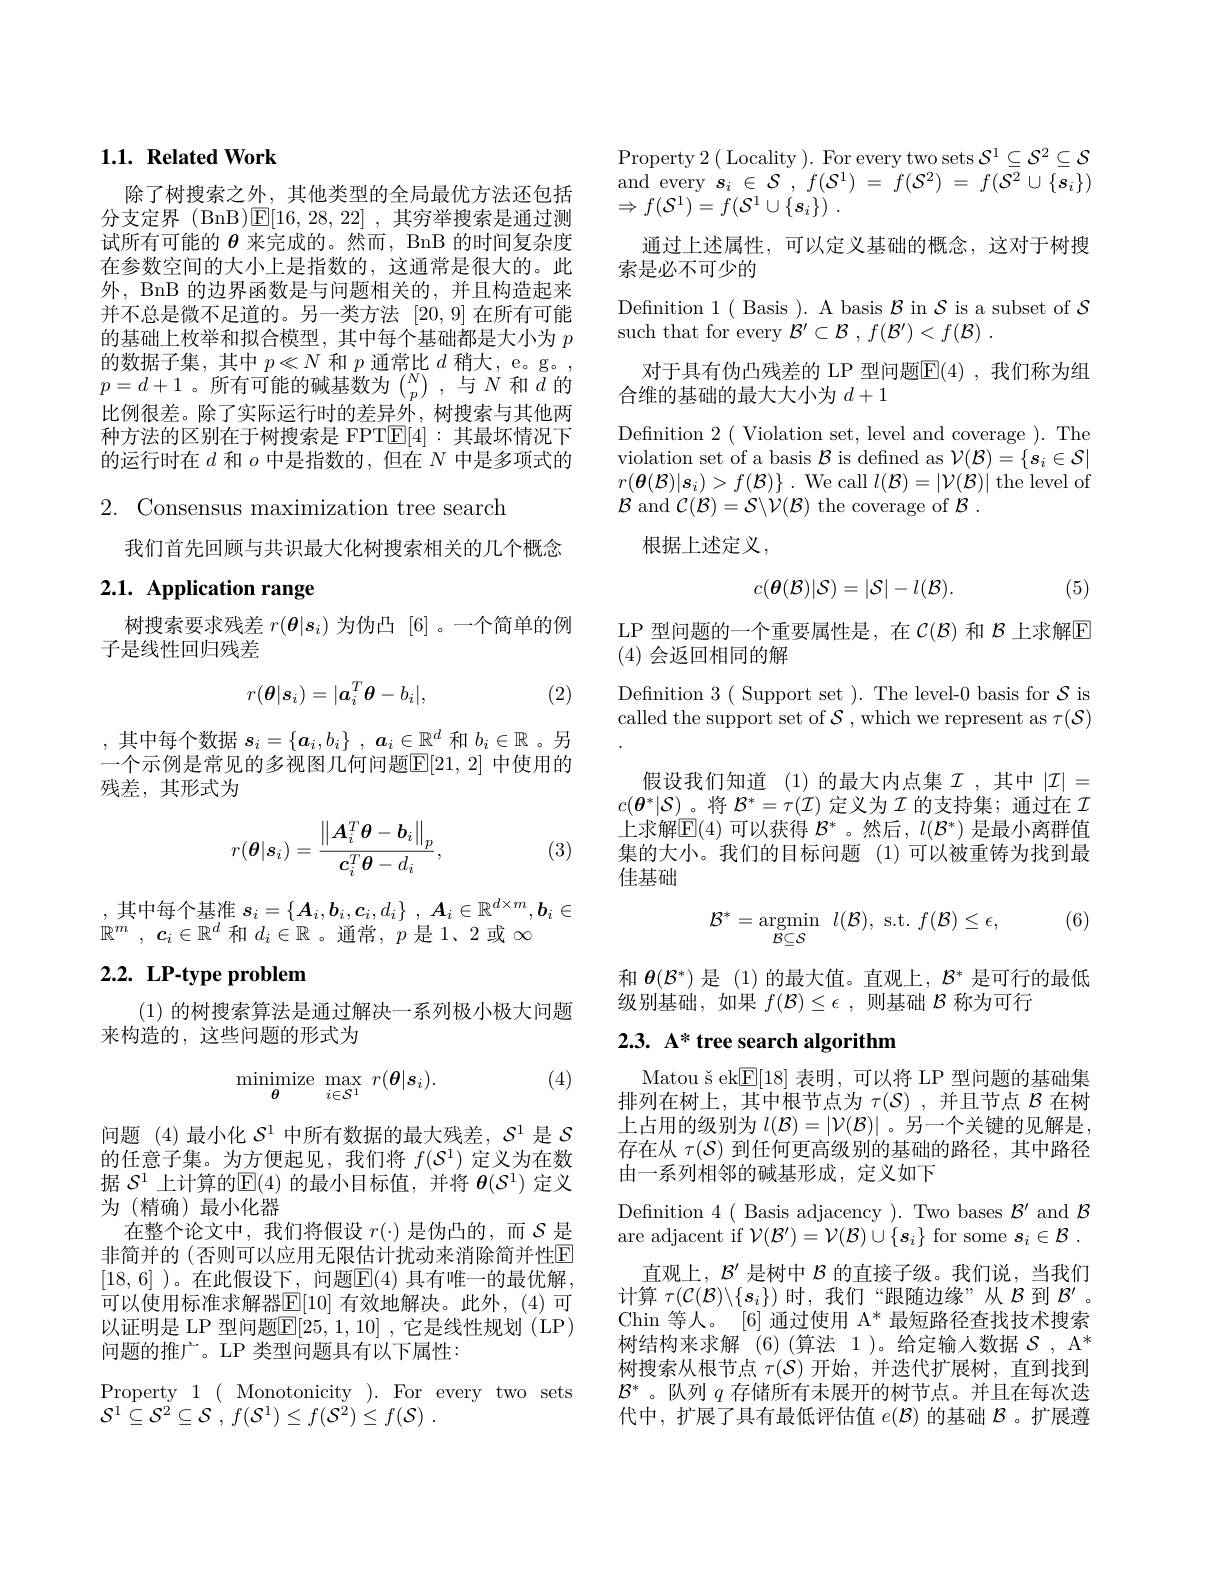
### $1. 1. \textbf{RelatedWork}$

除了树搜索之外，其他类型的全局最优方法还包括分支定界 (BnB)$\mathbb{E}[16,28,22]$ ,其穷举搜索是通过测试所有可能的$\theta$来完成的。然而，BnB 的时间复杂度在参数空间的大小上是指数的，这通常是很大的。此外，BnB 的边界函数是与问题相关的，并且构造起来并不总是微不足道的。另一类方法[20,9]在所有可能的基础上枚举和拟合模型，其中每个基础都是大小为$p$ 的数据子集，其中$p\ll N$和$p$通常比$d$稍大，e。g。, $p=d+1$。所有可能的碱基数为 $\binom Np$, 与$N$ 和$d$ 的比例很差。除了实际运行时的差异外，树搜索与其他两种方法的区别在于树搜索是 FPT$\mathbb{E}[4]:$其最坏情况下的运行时在$d$和$o$中是指数的，但在$N$中是多项式的

2. Consensus maximization tree search

我们首先回顾与共识最大化树搜索相关的几个概念

# 2.1. Application range

树搜索要求残差$r(\boldsymbol{\theta}|\boldsymbol{s}_i)$为伪凸 [6]。一个简单的例
子是线性回归残差
$$r(\boldsymbol{\theta}|\boldsymbol{s}_i)=|\boldsymbol{a}_i^T\boldsymbol{\theta}-b_i|,$$
$$$$
(2)

$b_i\in\mathbb{R}$
一个示例是常见的多视图几何问题$\overline{\mathbb{E}}[21,2]$ 中使用的
残差，其形式为
$$r(\boldsymbol{\theta}|\boldsymbol{s}_i)=\frac{\left\|\boldsymbol{A}_i^T\boldsymbol{\theta}-\boldsymbol{b}_i\right\|_p}{\boldsymbol{c}_i^T\boldsymbol{\theta}-d_i},$$
(3)

,其中每个基准$\left.s_i=\{\boldsymbol{A}_i,\boldsymbol{b}_i,\boldsymbol{c}_i,d_i\right\},\boldsymbol{A}_i\in\mathbb{R}^{d\times m},\boldsymbol{b}_i\in$
$\mathbb{R} ^m$ , $\boldsymbol{c}_i\in \mathbb{R} ^d$和$d_i\in\mathbb{R}$ 。通常，$p$是 1、2 或$\infty$

# 2.2. LP-type problem

(1)的树搜索算法是通过解决一系列极小极大问题
来构造的，这些问题的形式为

(4)
$$\operatorname*{minimize}_{\boldsymbol{\theta}}\:\operatorname*{max}_{i\in\mathcal{S}^{1}}\:r(\boldsymbol{\theta}|\boldsymbol{s}_{i}).$$
问题 (4)最小化$\mathcal{S}^1$中所有数据的最大残差，$\mathcal{S}^1$是$\mathcal{S}$ 的任意子集。为方便起见，我们将$f(\mathcal{S}^1)$定义为在数据$\mathcal{S}^1$上计算的$\mathbb{E}(4)$的最小目标值，并将$\boldsymbol\theta(\mathcal{S}^1)$定义为(精确)最小化器
在整个论文中，我们将假设$r(\cdot)$是伪凸的，而$\mathcal{S}$是非简并的 (否则可以应用无限估计扰动来消除简并性$\overline{\mathrm{E}}$ [18,6] )。在此假设下，问题$\boxed{\mathrm{F}}(4)$ 具有唯一的最优解， 可以使用标准求解器$\mathbb{E}[10]$ 有效地解决。此外，(4)可以证明是 LP 型问题E[25,1,10] ,它是线性规划 (LP) 问题的推广。LP 类型问题具有以下属性：
Property 1( Monotonicity ). For every two sets
$\mathcal{S} ^1\subseteq \mathcal{S} ^2\subseteq \mathcal{S}$ , $f( \mathcal{S} ^1) \leq f( \mathcal{S} ^2) \leq f( \mathcal{S} )$

Property 2 ( Locality ). For every two sets $\mathcal{S}^1\subseteq\mathcal{S}^2\subseteq\mathcal{S}$ and every $s_i\in \mathcal{S}$ , $f( \mathcal{S} ^1)$ = $f( \mathcal{S} ^2)$ = $f( \mathcal{S} ^2\cup \{ \boldsymbol{s}_i\} )$ $\Rightarrow f( \mathcal{S} ^1) = f( \mathcal{S} ^1\cup \{ \boldsymbol{s}_i\} )$ .
通过上述属性，可以定义基础的概念，这对于树搜
索是必不可少的
Definition 1( Basis ). A basis $\mathcal{B}$ in $\mathcal{S}$ is a subset of $\mathcal{S}$
such that for every $\mathcal{B} ^\prime \subset \mathcal{B}$ , $f( \mathcal{B} ^{\prime }) < f( \mathcal{B} )$ .
对于具有伪凸残差的 LP 型问题$\mathbb{E}(4)$,我们称为组
合维的基础的最大大小为$d+1$
Defnition 2( Violation set, level and coverage ). The violation set of a basis $\mathcal{B}$ is defined as $\mathcal{V}(\mathcal{B})=\{\boldsymbol{s}_i\in\mathcal{S}|$ $r( \boldsymbol{\theta }( \mathcal{B} ) | \boldsymbol{s}_{i}) > f( \mathcal{B} ) \}$ .We call $l(\mathcal{B})=|\mathcal{V}(\mathcal{B})|$ the level of $\mathcal{B}$ and $\mathcal{C}(\mathcal{B})=\mathcal{S}\backslash\mathcal{V}(\mathcal{B})$ the coverage of $\mathcal{B}.$
根据上述定义，

(5)
$$c(\boldsymbol{\theta}(\mathcal{B})|\mathcal{S})=|\mathcal{S}|-l(\mathcal{B}).$$
LP 型问题的一个重要属性是，在$\mathcal{C}(\mathcal{B})$和$\mathcal{B}$上求解$\mathbb{E}$
(4)会返回相同的解

Definition 3( Support set ). The level-0 basis for $\mathcal{S}$ is called the support set of $\mathcal{S}$, which we represent as $\tau(\mathcal{S})$

假设我们知道(1)的最大内点集$\mathcal{I}$,其中$|\mathcal{I}|=$ $c(\boldsymbol{\theta}^*|\mathcal{S})$。将$\mathcal{B}^*=\tau(\mathcal{I})$定义为$\mathcal{I}$的支持集；通过在$\mathcal{I}$ 上求解E(4)可以获得$\mathcal{B}^*$。然后，$l(\mathcal{B}^*)$是最小离群值集的大小。我们的目标问题(1)可以被重铸为找到最佳基础

(6)
$$\mathcal{B}^{*}=\underset{\mathcal{B}\subseteq\mathcal{S}}{\mathrm{argmin}}\:l(\mathcal{B}),\:\mathrm{s.t.}\:f(\mathcal{B})\leq\epsilon,$$
和$\theta(\mathcal{B}^{*})$是 (1)的最大值。直观上，$\mathcal{B}^{*}$是可行的最低
级别基础，如果$f(\mathcal{B})\leq\epsilon$,则基础$\mathcal{B}$称为可行

## 2.3. A* tree search algorithm

Matou š ek$\mathbb{E}[18]$表明，可以将 LP 型问题的基础集排列在树上，其中根节点为$\tau(\mathcal{S})$ ,并且节点$\mathcal{B}$在树上占用的级别为$l(\mathcal{B})=|\mathcal{V}(\mathcal{B})|$ 。另一个关键的见解是存在从$\tau(\mathcal{S})$到任何更高级别的基础的路径，其中路径由一系列相邻的碱基形成，定义如下

Definition 4( Basis adjacency ). Two bases $\mathcal{B}^\prime$ and $\mathcal{B}$ are adjacent if $\mathcal{V}(\mathcal{B}^{\prime})=\mathcal{V}(\mathcal{B})\cup\{\boldsymbol{s}_i\}$ for some $\boldsymbol{s}_i\in \mathcal{B}$ .
直观上，$\mathcal{B}^{\prime}$是树中$\mathcal{B}$的直接子级。我们说，当我们计算$\tau(\mathcal{C}(\mathcal{B})\backslash\{s_i\})$时，我们“跟随边缘”从$\mathcal{B}$到$\mathcal{B}^\prime$。Chin 等人。[6] 通过使用 A* 最短路径查找技术搜索树结构来求解(6)(算法 1)。给定输人数据$\mathcal{S},\mathcal{A}^*$ 树搜索从根节点$\tau(\mathcal{S})$开始，并迭代扩展树，直到找到$\mathcal{B}^*$。队列$q$存储所有未展开的树节点。并且在每次迭代中，扩展了具有最低评估值$e(\mathcal{B})$的基础$\mathcal{B}$ 。扩展遵